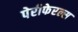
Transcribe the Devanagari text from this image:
पेरीफेरल्स